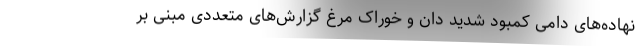
نهاده‌های دامی کمبود شدید دان و خوراک مرغ گزارش‌های متعددی مبنی بر